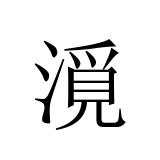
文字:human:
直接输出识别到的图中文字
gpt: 漞